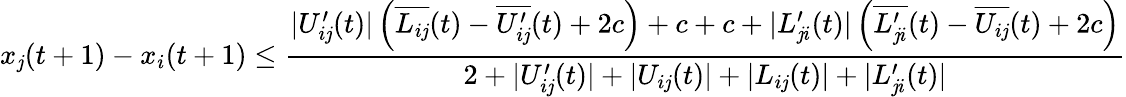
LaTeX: x_{\mathit{j}}(t+1)-x_{i}(t+1)\leq\frac{{|U_{i\mathit{j}}^{\prime}(t)|\left(\overline{{{L_{i\mathit{j}}}}}(t)-\overline{{{U_{i\mathit{j}}^{\prime}}}}(t)+2c\right)+c+c+|L_{\mathit{j}i}^{\prime}(t)|\left(\overline{{{L_{\mathit{j}i}^{\prime}}}}(t)-\overline{{{U_{i\mathit{j}}}}}(t)+2c\right)}}{{2+|U_{i\mathit{j}}^{\prime}(t)|+|U_{i\mathit{j}}(t)|+|L_{i\mathit{j}}(t)|+|L_{\mathit{j}i}^{\prime}(t)|}}